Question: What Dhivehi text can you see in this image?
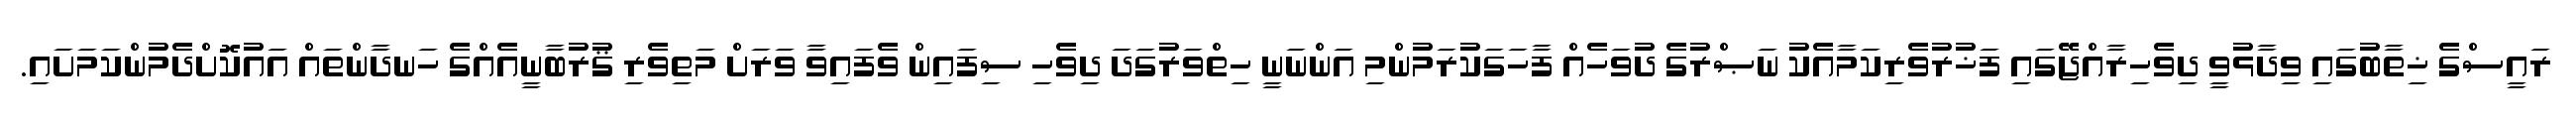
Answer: ރައީސްގެ ޚިތާބުގައި ވިދާޅުވީ ދިވެހިރާއްޖޭގައި ފަޚުރުވެރިކަމާއެކު ނަޞްރުގެ ދުވަހެއް ފާހަގަކުރަމުންމި އަންނަނީ ހިތްވަރުގަދަ ދިވެހި ސިފައިން ވެފައިވާ ވަރަށް މަތިވެރި ޤުރުބާނީއެއްގެ ހަނދާންތައް އައުކޮށްދެމުންކަމަށައި.